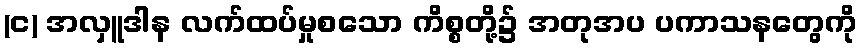
(င) အလှူဒါန လက်ထပ်မှုစသော ကိစ္စတို့၌ အတုအပ ပကာသနတွေကို